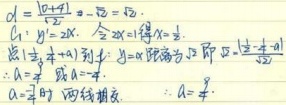
首先计算\(d=\frac{|0 + 4|}{\sqrt{2}}=2\sqrt{2}\)。

已知\(C_{1}:y = 2x\)，令\(x = 1\)，得\(y = 2\)。点\((1,2)\)到\(l:y = x\)距离为\(\sqrt{2}\)，即\(\frac{|1 - 2|}{\sqrt{2}}=\frac{\sqrt{2}}{2}\)。

\(\therefore\)当\(a=\frac{7}{4}\)时两曲线相切。\(\therefore a=\frac{7}{4}\)